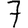
Digit: 7